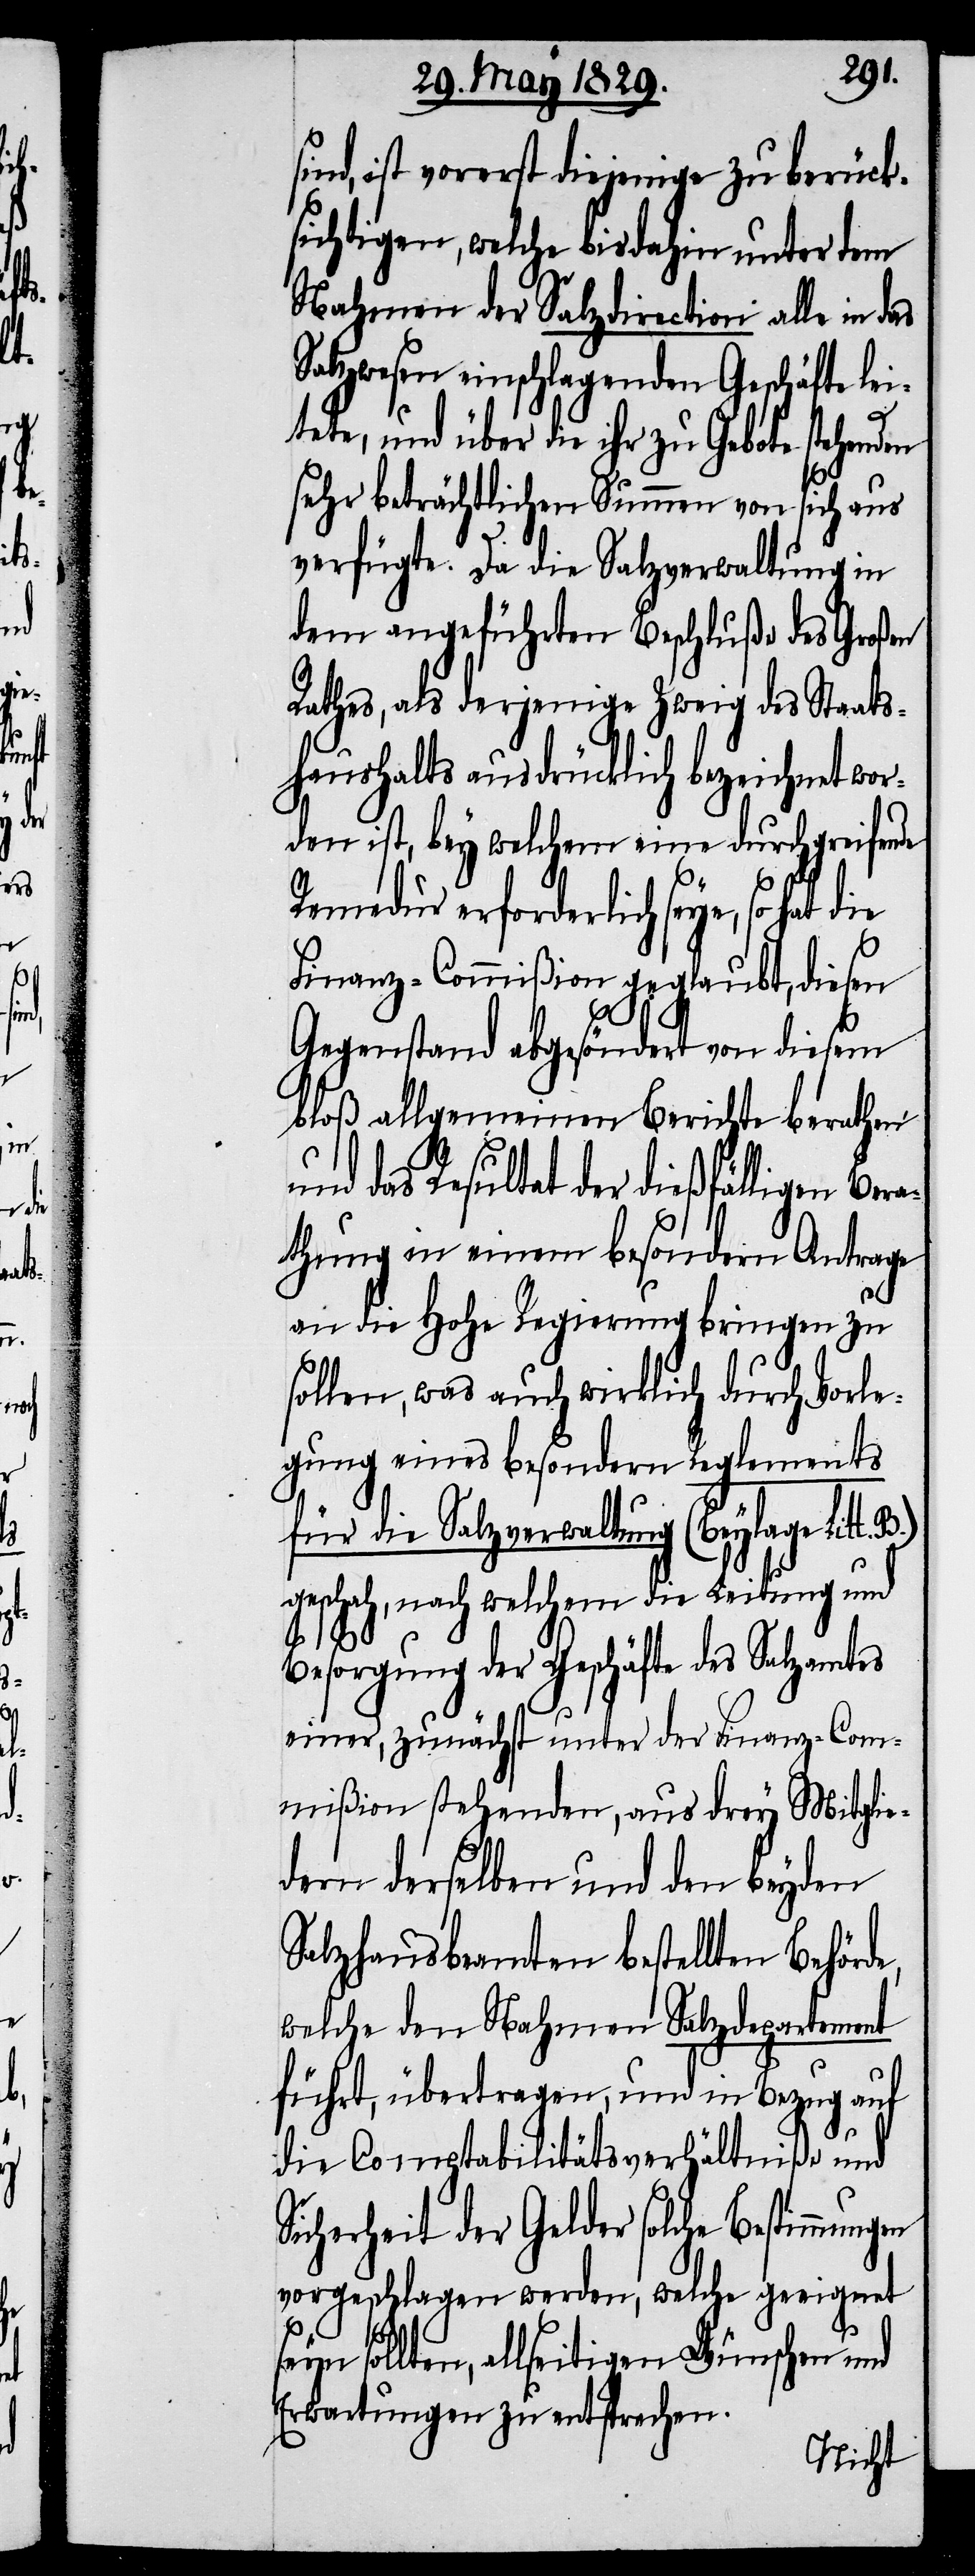
ind, ist vorerst diejenige zu berück¬
sichtigen, welche bisdahin unter dem
Nahmen der Salzdirection alle in
Salzwesen einschlagende Geschäfte lei¬
tete, und über die ihr zu Gebote
sehr beträchtlichen Summen von sich aus
verfügte. Da die Salzverwaltung in
dem angeführten Beschluße des Großen
Rathes, als derjenige Zweig des Staats¬
haushalts ausdrücklich bezeichnet wor¬
den ist, bey welchem eine durchgreifende
Remedur erforderlich seye, so hat
Finanz-Commißion geglaubt, diesen
Gegenstand abgesöndert von diesem
bloß allgemeinen Berichte berathen
en
und das Resultat der dießfälligen Bera¬
thung in einem besondern Antrage
an die Hohe Regierung bringen zu
sollen, was auch wirklich durch Vorle¬
gung eines besondern Reglements
für die Salzverwaltung (Beylage Litt.
geschah, nach welchem die Leitung und
s¬
Besorgung der Geschäfte des Salzamtes
einer, zunächst unter der Finanz-Com¬
mißion stehenden, aus drey Mitglie¬
dern derselben und den beyden
Salzhausbeamten bestellten Behörde,
welche den Nahmen Salzdepartement
führt, übertragen, und in Bezug auf
die Comptabilitätsverhältniße und
Sicherheit der Gelder solche Bestimmung¬
vorgeschlagen werden, welche geeignet
sollen, allseitigen Wünschen und
Erwartungen zu entsprechen.